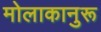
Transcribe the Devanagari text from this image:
मोलाकानुरू